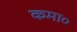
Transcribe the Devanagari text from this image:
कमा०